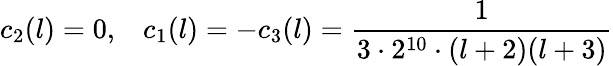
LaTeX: c_{2}(l)=0,\; \; \; c_{1}(l)=-c_{3}(l)={\frac{1}{3\cdot 2^{10}\cdot(l+2)(l+3)}}